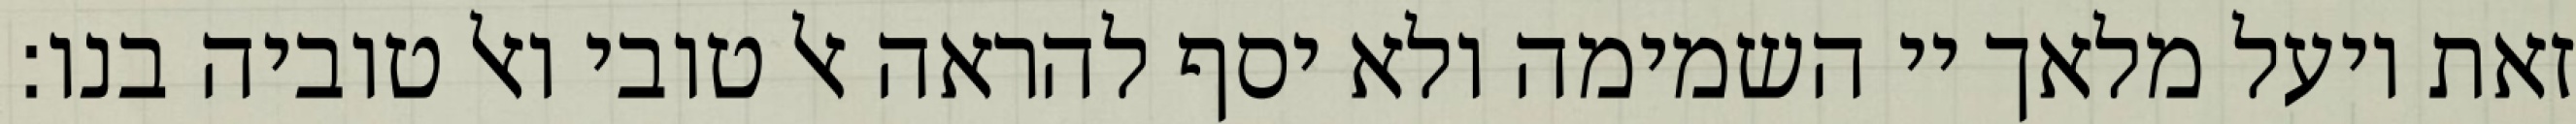
זאת ויעל מלאך יי השמימה ולא יסף להראה אל טובי ואל טוביה בנו: